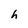
Character: h